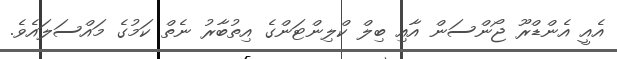
އެއީ އެންޑްރޫ ޖޯންސަން އާއި ބިލް ކްލިންޓަންގެ އިތުބާރު ނެތް ކަމުގެ މައްސަލައެވެ.